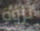
نزوة